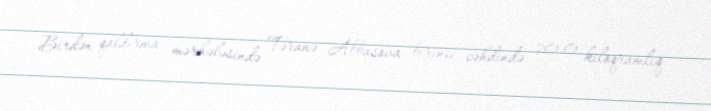
Birdən qaldırma mərhələsində Təranə Abbasova birinci cəhdində 70.0 kiloqramlıq